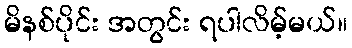
မိနစ်ပိုင်း အတွင်း ရပါလိမ့်မယ်။